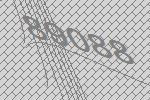
89088